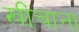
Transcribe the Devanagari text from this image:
खींचाना